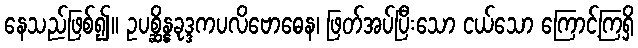
နေသည်ဖြစ်၍။ ဥပစ္ဆိန္နခုဒ္ဒကပလိဗောဓေန၊ ဖြတ်အပ်ပြီးသော ငယ်သော ကြောင့်ကြရှိ